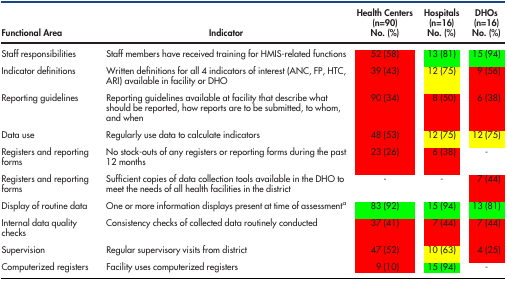
<table><thead><tr><td><b>Functional Area</b></td><td><b>Indicator</b></td><td><b>Health Centers (n=90) No. (%)</b></td><td><b>Hospitals (n=16) No. (%)</b></td><td><b>DHOs (n=16) No. (%)</b></td></tr></thead><tbody><tr><td>Staff responsibilities</td><td>Staff members have received training for HMIS-related functions</td><td>52 (58)</td><td>13 (81)</td><td>15 (94)</td></tr><tr><td>Indicator definitions</td><td>Written definitions for all 4 indicators of interest (ANC, FP, HTC, ARI) available in facility or DHO</td><td>39 (43)</td><td>12 (75)</td><td>9 (56)</td></tr><tr><td>Reporting guidelines</td><td>Reporting guidelines available at facility that describe what should be reported, how reports are to be submitted, to whom, and when</td><td>90 (34)</td><td>8 (50)</td><td>6 (38)</td></tr><tr><td>Data use</td><td>Regularly use data to calculate indicators</td><td>48 (53)</td><td>12 (75)</td><td>12 (75)</td></tr><tr><td>Registers and reporting forms</td><td>No stock-outs of any registers or reporting forms during the past 12 months</td><td>23 (26)</td><td>6 (38)</td><td>-</td></tr><tr><td>Registers and reporting forms</td><td>Sufficient copies of data collection tools available in the DHO to meet the needs of all health facilities in the district</td><td>-</td><td>-</td><td>7 (44)</td></tr><tr><td>Display of routine data</td><td>One or more information displays present at time of assessment<sup>a</sup></td><td>83 (92)</td><td>15 (94)</td><td>13 (81)</td></tr><tr><td>Internal data quality checks</td><td>Consistency checks of collected data routinely conducted</td><td>37 (41)</td><td>7 (44)</td><td>7 (44)</td></tr><tr><td>Supervision</td><td>Regular supervisory visits from district</td><td>47 (52)</td><td>10 (63)</td><td>4 (25)</td></tr><tr><td>Computerized registers</td><td>Facility uses computerized registers</td><td>9 (10)</td><td>15 (94)</td><td>-</td></tr></tbody></table>